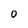
Character: 0